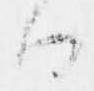
る